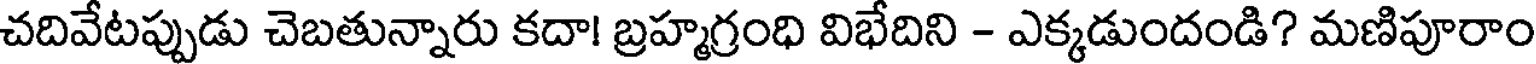
చదివేటప్పుడు చెబతున్నారు కదా! బ్రహ్మగ్రంధి విభేదిని - ఎక్కడుందండి? మణిపూరాం